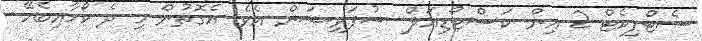
ސެޓްފިކެޓް 2 އިން ކަސްޓޯޑިއަލް ސުޕަވިޝަން އެވެ. އެގޮތުން މި ދެ ކޯހާއިބެހޭ